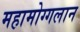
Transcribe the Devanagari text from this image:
महामोग्गलान